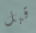
قبل